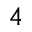
4